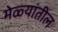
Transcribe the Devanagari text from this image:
मेळ्यांतील